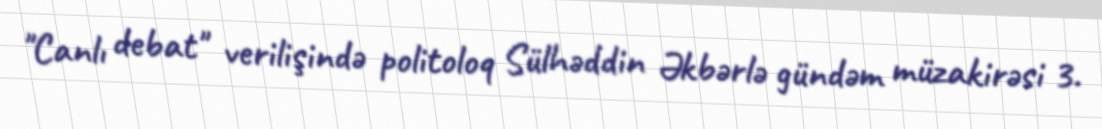
"Canlı debat" verilişində politoloq Sülhəddin Əkbərlə gündəm müzakirəsi 3.